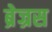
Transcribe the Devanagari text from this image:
ब्रेज्रस